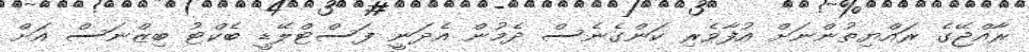
ރާއްޖޭގެ ރައްޔިތުންނަށް އުފާވެރި ކަންގެނެސް ދެމުން އެދަނީ ފަސްޓްލޭޑީ ބެކްޓު ބިޒްނަސް އަށް